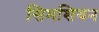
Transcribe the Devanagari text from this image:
सिमशियन